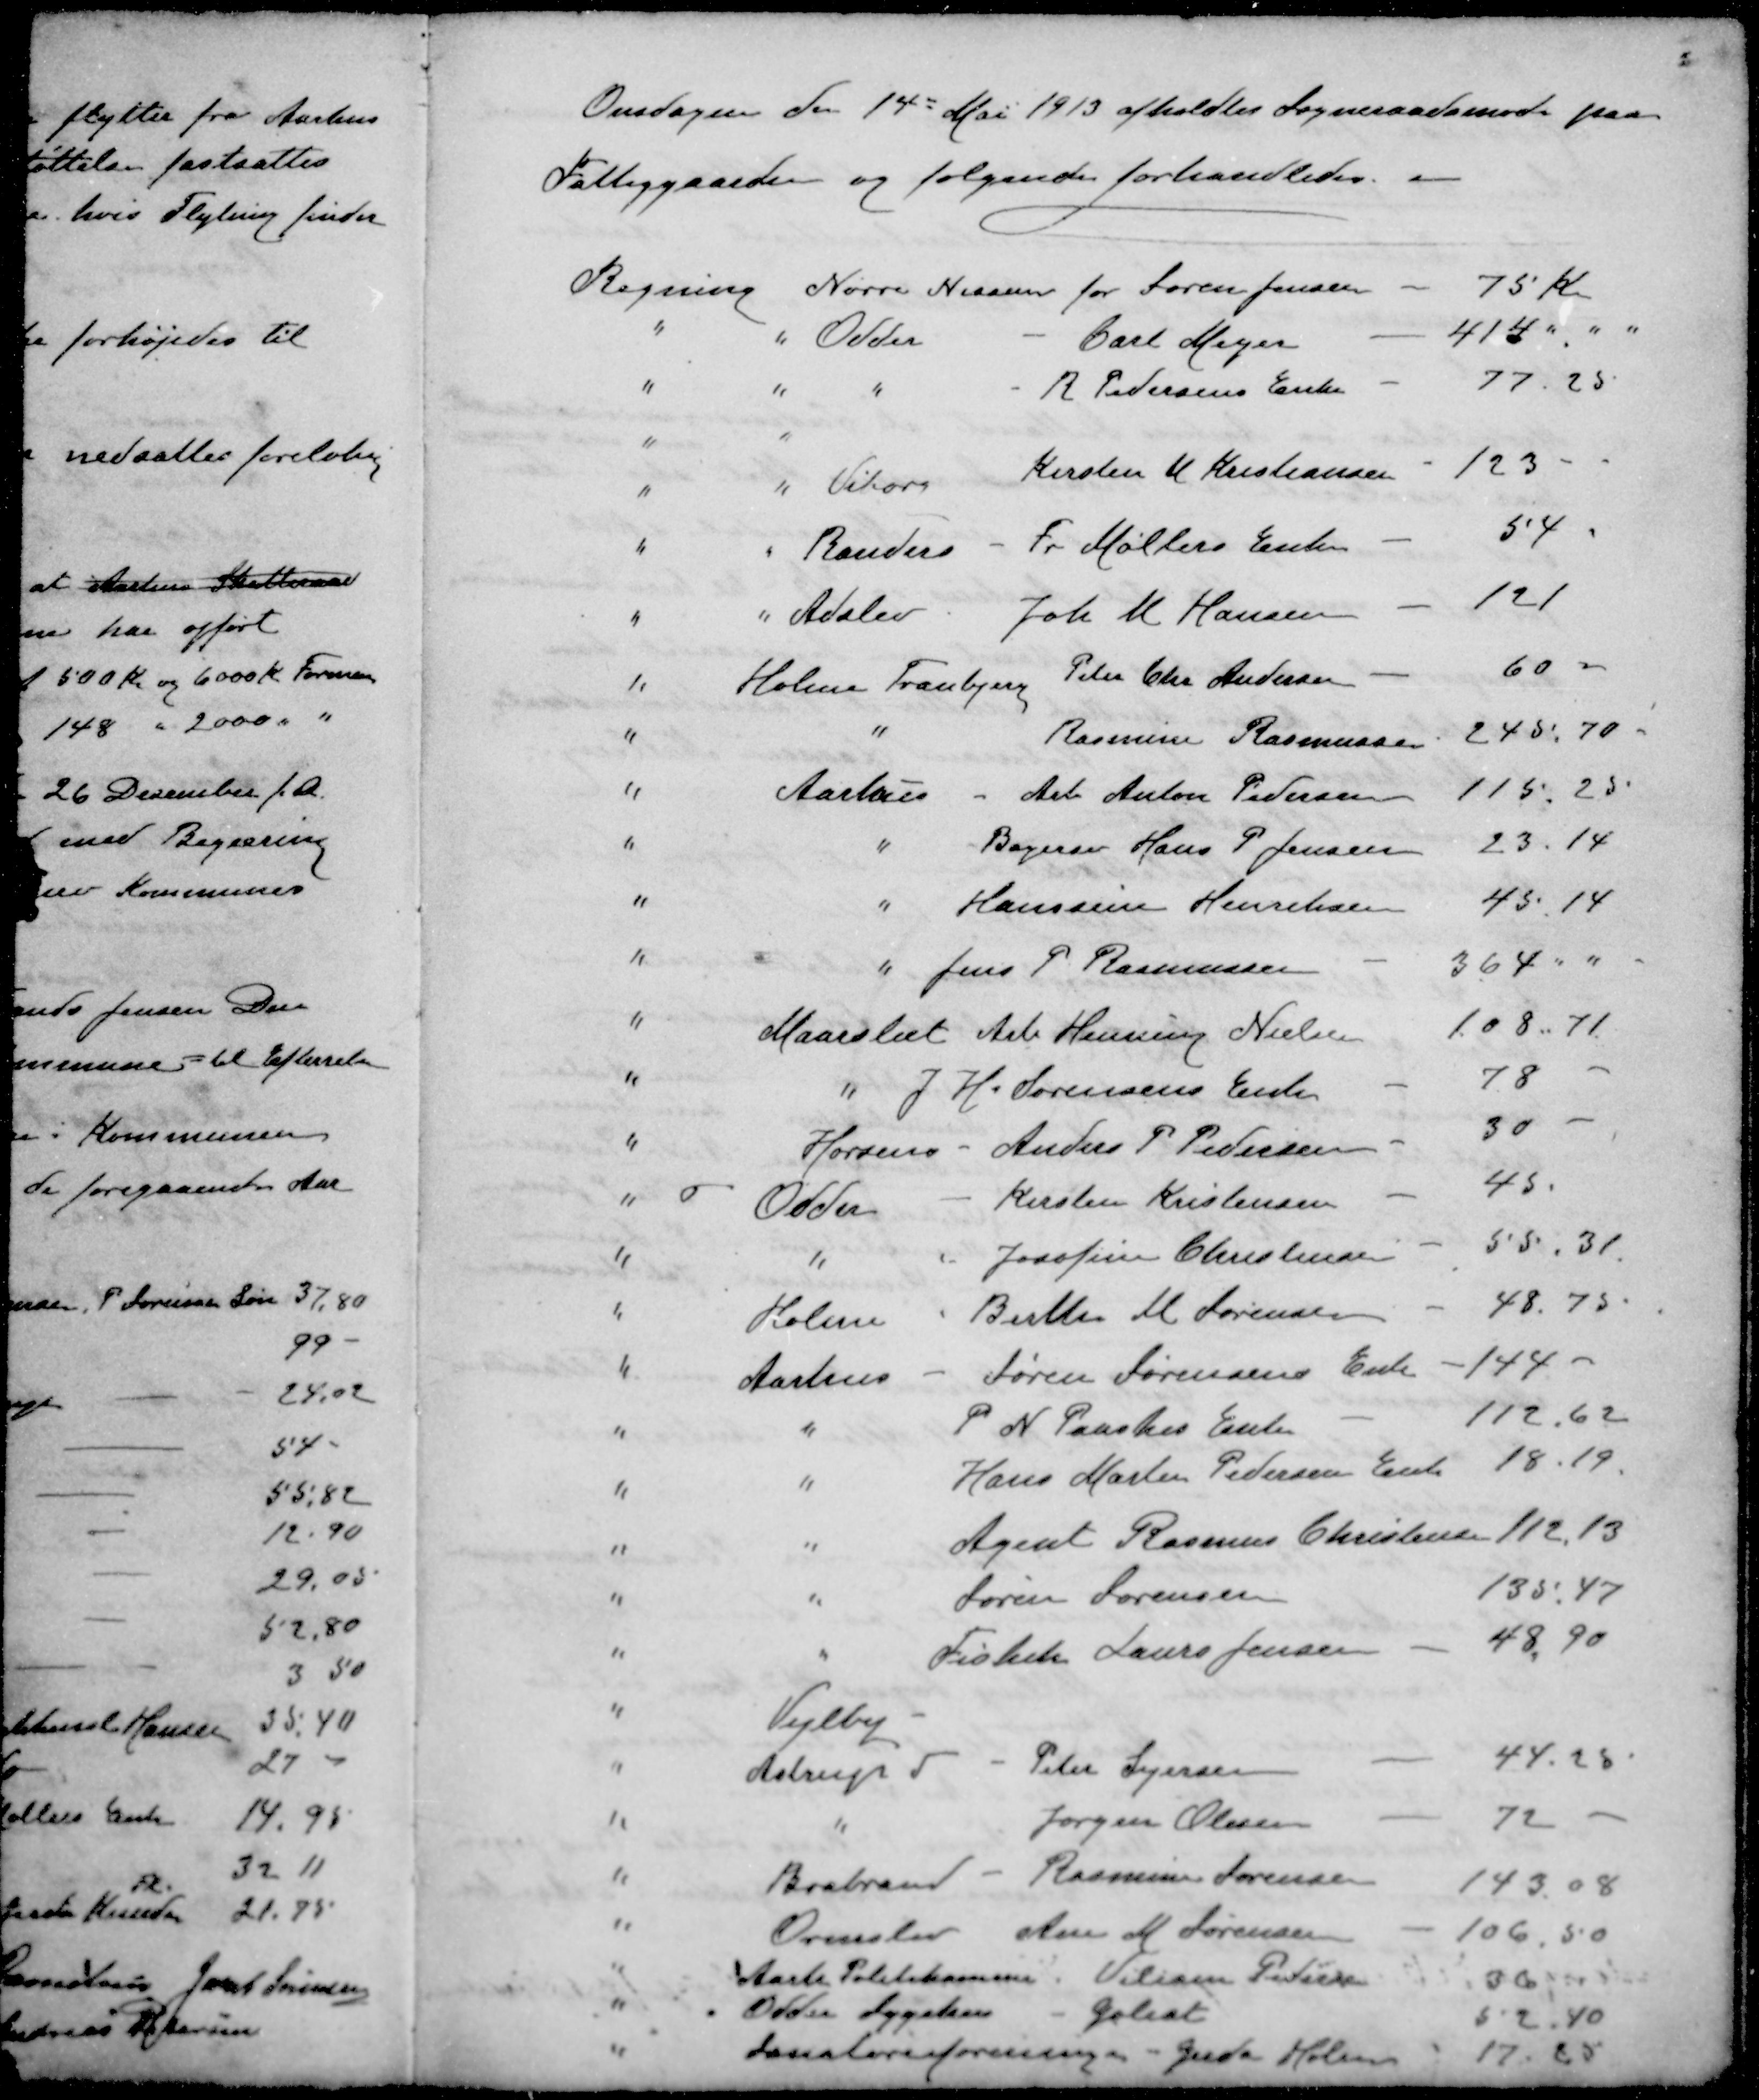
Transskription:
Onsdagen den 14 Mai 1913 afholdtes Sogneraadsmøde paa
Fattiggaarden og følgende forhandledes. 
Regning Nørre Nissum for Søren Jensen - 75 Kr
" " Odder - Carl Meyer - 414 " " "
" " " R Pedersens Enke 77.25
" "
" " Viborg Kirsten M Kristiansen - 123
" " Randers Fr Møllers Enke - 54
" " Adslev Joh. M Hansen 121
" Holme Tranbjerg Peter Chr. Andersen 60 -
" " Rasmine Rasmussen 245,70
" Aarhus - Arb Anton Pedersen 115,25
" " Bagersv Hans P Jensen 23.14
" " Hanssine Henriksen 45.14
" " " Jens P. Rasmussen - 364 " "
" Maarslet Arb Henning Nielsen 108.71
" " J. H. Sørensens Enke - 78
" Horsens - Anders P Pedersen - 30
" Odder - Kirsten Kristensen - 45.
" " Josofine Christensen - 55,31
" Holme - Berthe M. Sørensen - 48.75
" Aarhus Søren Sørensens Enke - 144.
" " P. N. Paaskes Enke - 172,62
" " Hans Martin Pedersen Enke 18.19
" " Agent Rasmus Christensen 112,13
" " Søren Sørensen 135, 47
" " Fisker Laurs Jensen - 48,90
" Vejlby
" Astrup T - Peter Sejersen - 44.25
" " Jørgen Olesen 72
" Brabrand - Rasmine Sørensen 143.08
" Ormslev Anne M Sørensen - 106,50
" Aarh Politikammer Viliam Pedersen 36
" Odder Sygehus - Goliat 52,40
" Sanatorieforeningen - Geda Holm - 17.65